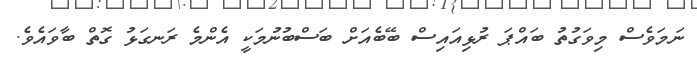
ނަމަވެސް މިވަގުތު ބައްޕަ ރުޅިއައިސް ބޭބެއަށް ބަސްބުނުމަކީ އެންމެ ރަނގަޅު ގޮތް ބާވައެވެ.